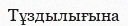
Тұздылығына